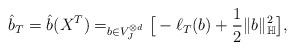
LaTeX: \begin{align*} \hat b_T = \hat b(X^T) = _{b \in V_J^{\otimes d}} \big[-\ell_T(b) + \frac{1}{2}\|b\|_{\mathbb H}^2\big],\end{align*}